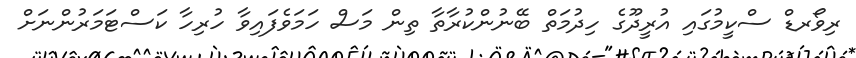
ރިވޯރޑް ސްކީމުގައި އުރީދޫގެ ހިދުމަތް ބޭނުންކުރާތާ ތިން މަސް ހަމަވެފައިވާ ހުރިހާ ކަސްޓަމަރުންނަށް